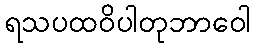
ရသပထဝိပါတုဘာဝေါ